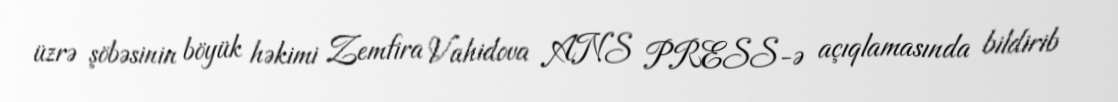
üzrə şöbəsinin böyük həkimi Zemfira Vahidova ANS PRESS-ə açıqlamasında bildirib